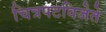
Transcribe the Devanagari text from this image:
चित्रपटविजेते